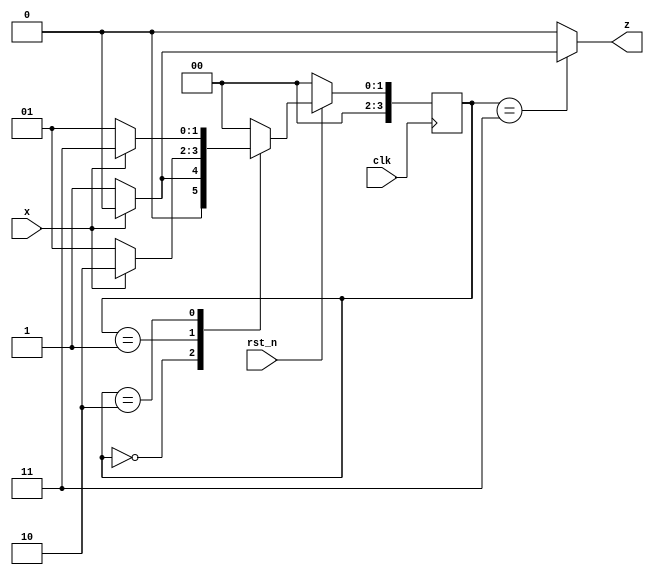
module melay_non_over(input clk, rst_n, x, output reg z);
  parameter S0 = 4'h0;
  parameter S1 = 4'h1;
  parameter S2 = 4'h2;
  parameter S3 = 4'h3;
  reg [3:0] state, next_state;
  always @(posedge clk ) begin
    if(!rst_n) state <= S0;
    else state <= next_state;
   end
  
  always @(state or x) begin
    case(state)
      S0: begin next_state <= x?S0:S1; z<=x?0:0;end
      S1: begin next_state <= x?S2:S1; z<=x?0:0;end
      S2: begin next_state <= x?S3:S1; z<=x?0:0;end
      S3: begin next_state <= x?S0:S0; z<=x?0:1;end
      default: begin next_state <= S0; z <=1'b0;end
    endcase
  end
  endmodule